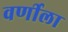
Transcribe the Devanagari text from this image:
वर्णीला